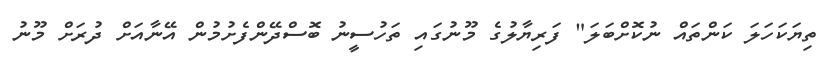
ތިޔަކަހަލަ ކަންތައް ނުކޮށްބަލަ" ފަރިޔާލުގެ މޫނުގައި ތަހުސީނު ބޮސްދޭންފެށުމުން އޭނާއަށް ދުރަށް މޫނު